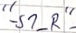
Text: "-S1_R"